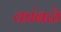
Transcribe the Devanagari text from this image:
कांबळॆ